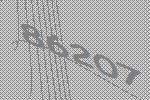
86207